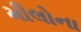
મીલોના